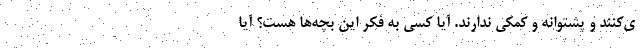
ی‌کنند و پشتوانه و کمکی ندارند. آیا کسی به فکر این بچه‌ها هست؟ آیا